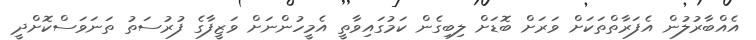
އެއްބާރުލުން އެފަރާތްތަކަށް ވަރަށް ބޮޑަށް ލިބިގެން ކަމުގައިވާތީ އެމީހުންނަށް ވަޒީފާގެ ފުރުސަތު ތަނަވަސްކޮށްދީ